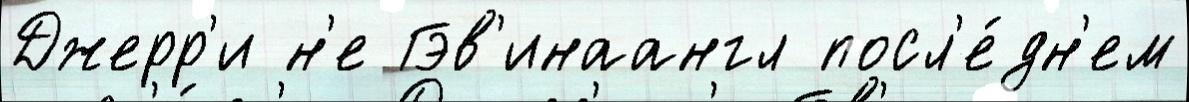
Джерр'и н'е Гэв'инаангл посл'е́дн'ем